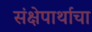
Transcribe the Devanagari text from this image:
संक्षेपार्थाचा